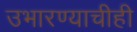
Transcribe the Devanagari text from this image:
उभारण्याचीही